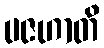
ပဇဟာတိ